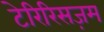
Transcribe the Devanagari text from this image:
टेरिरिसज़म